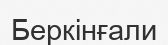
Беркінғали